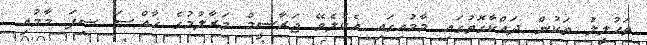
ތަޙުލީލު ތަކުން ދައްކާގޮތުގައި މާމުއިގައި އެކުލެވޭ ޖަރާސީމް މަރާލުމުގެ ޚާއްޞަ ސިފަ މާމުއި